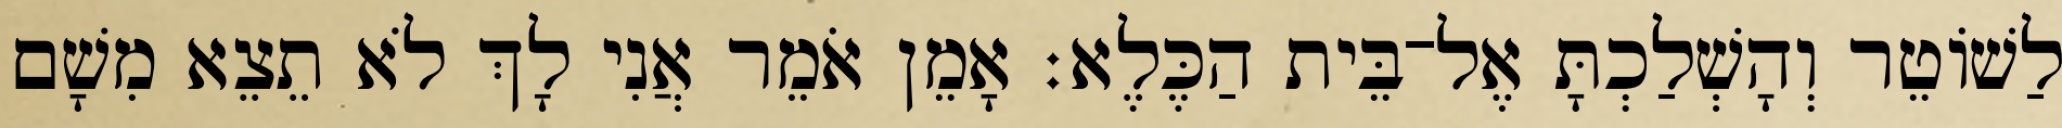
לַשׁוֹטֵר וְהָשְׁלַכְתָּ אֶל־בֵּית הַכֶּלֶא׃ אָמֵן אֹמֵר אֲנִי לָךְ לֹא תֵצֵא מִשָׁם